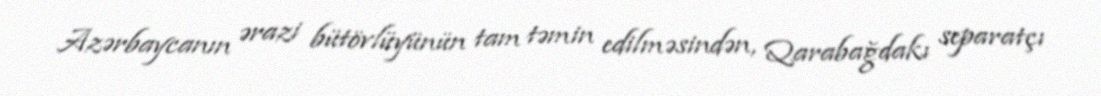
Azərbaycanın ərazi bütövlüyünün tam təmin edilməsindən, Qarabağdakı separatçı